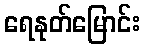
ရေနုတ်မြောင်း